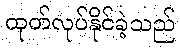
ထုတ်လုပ်နိုင်ခဲ့သည်